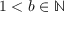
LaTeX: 1 < b \in \mathbb { N }